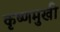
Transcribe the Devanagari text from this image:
कृष्णमुखी